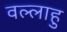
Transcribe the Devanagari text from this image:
वल्लाहु